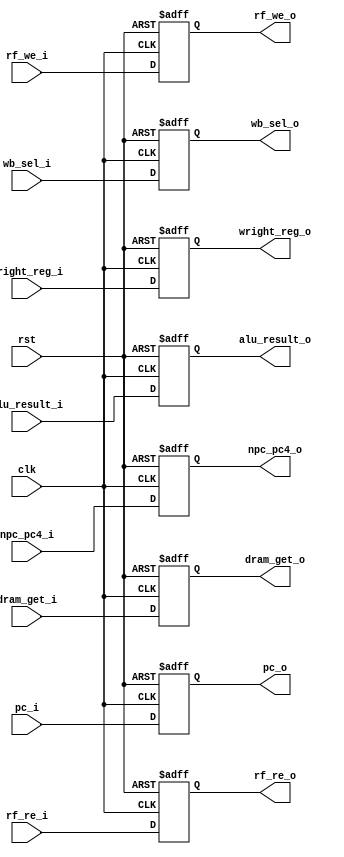



module mem_wb_reg(
    input clk,
    input rst,
    input [1:0] wb_sel_i,
    input [31:0] alu_result_i,
    input [31:0] dram_get_i,
    input [31:0] npc_pc4_i,
    input [4:0] wright_reg_i,
    input rf_we_i,
    input rf_re_i,
    input [31:0] pc_i,


    output reg [1:0] wb_sel_o,
    output reg[31:0] alu_result_o,
    output reg[31:0] dram_get_o,
    output reg[31:0] npc_pc4_o,
    output reg[4:0] wright_reg_o,
    output reg rf_we_o,
    output reg rf_re_o,
    output reg [31:0] pc_o
    );
    always @(posedge clk or negedge rst) begin
        if(rst==0) wb_sel_o<=2'b0;
        else wb_sel_o<=wb_sel_i;
    end

    always @(posedge clk or negedge rst) begin
        if(rst==0) alu_result_o<=32'b0;
        else alu_result_o<=alu_result_i;
    end

    always @(posedge clk or negedge rst) begin
        if(rst==0) dram_get_o<=32'b0;
        else dram_get_o<=dram_get_i;
    end

    always @(posedge clk or negedge rst) begin
        if(rst==0) npc_pc4_o<=32'b0;
        else npc_pc4_o<=npc_pc4_i;
    end

    always @(posedge clk or negedge rst) begin
        if(rst==0) wright_reg_o<=4'b0;
        else wright_reg_o<=wright_reg_i;
    end

    always @(posedge clk or negedge rst) begin
        if(rst==0) rf_we_o<=1'b0;
        else rf_we_o<=rf_we_i;
    end

    always @(posedge clk or negedge rst) begin
        if(rst==0) rf_re_o<=1'b0;
        else rf_re_o<=rf_re_i;
    end
    
    always @(posedge clk or negedge rst) begin
            if(rst==0) pc_o<=32'b0;
            else pc_o<=pc_i;
        end

endmodule